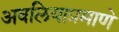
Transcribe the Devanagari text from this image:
अवलियाप्रमाणे